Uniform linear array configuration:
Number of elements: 12
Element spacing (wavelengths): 1
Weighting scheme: cosine
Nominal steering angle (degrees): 45
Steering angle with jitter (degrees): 44.981
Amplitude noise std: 0.05
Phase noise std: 0.05

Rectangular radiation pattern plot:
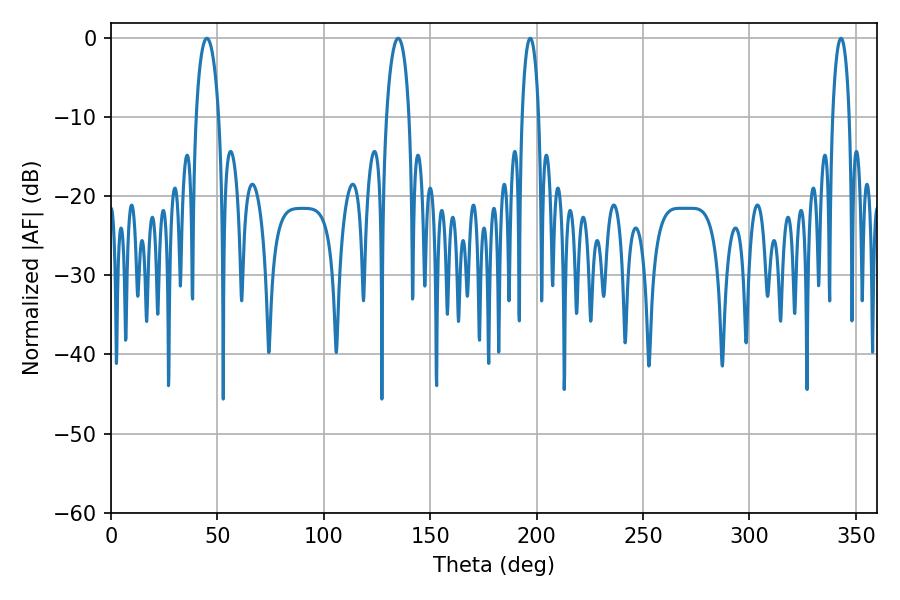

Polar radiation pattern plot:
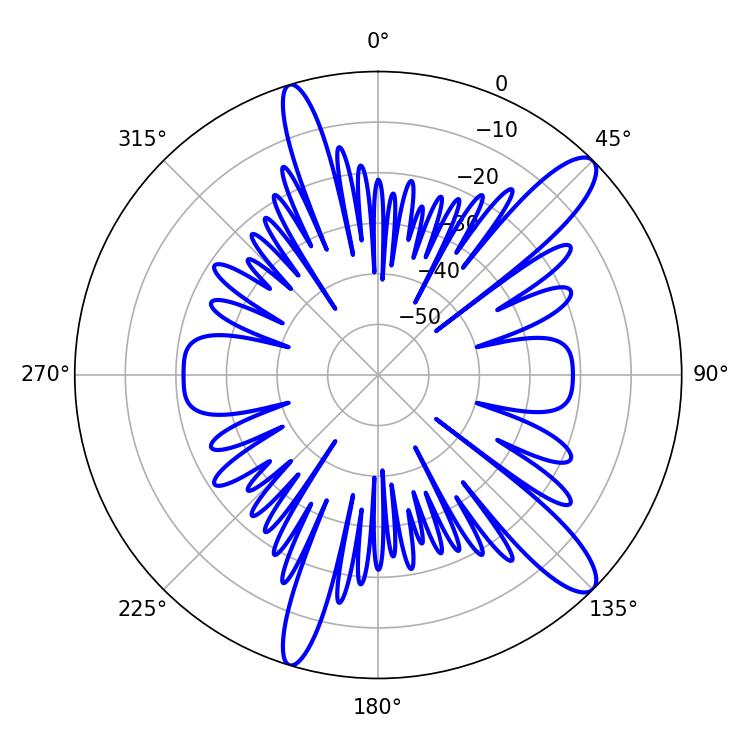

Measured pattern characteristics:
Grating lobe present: TRUE
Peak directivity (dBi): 12.391
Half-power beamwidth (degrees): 6.12
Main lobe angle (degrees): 45